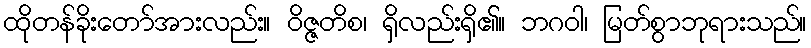
ထိုတန်ခိုးတော်အားလည်း။ ဝိဇ္ဇတိစ၊ ရှိလည်းရှိ၏။ ဘဂဝါ၊ မြတ်စွာဘုရားသည်။